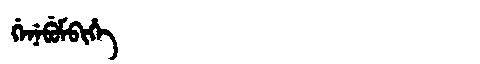
Manchu: ᡤᡝᠨᡝᠪᡠᠮᠪᡳᡥᡝ
Romanization: GENEBUMBIHE